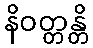
နိဝတ္တန္တိ